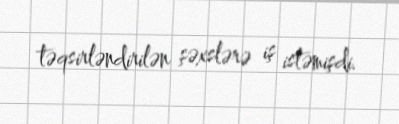
təqsirləndirilən şəxslərə iş istəmişdi.